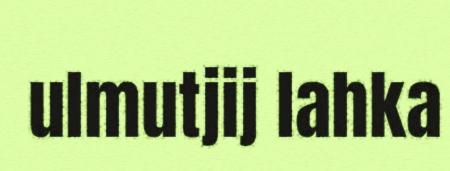
ulmutjij lahka